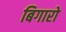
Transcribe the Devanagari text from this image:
बिगारो